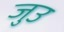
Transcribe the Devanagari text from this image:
जुउ